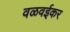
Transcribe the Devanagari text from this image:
वळवईकर